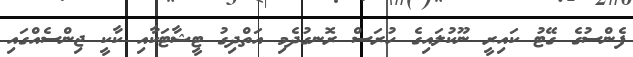
ފެންސުގެ ގޭޓު ކައިރީ ނޫކުލައިގެ ހުރަސް ރޮނގުދެމި އަތްދިގު ޓީޝާޓަކާއި ކާކީ ޖިންސެއްގައި